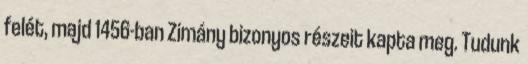
felét, majd 1456-ban Zimány bizonyos részeit kapta meg. Tudunk